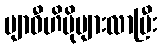
ဗျာဓီဟိပိုများလာပြီး